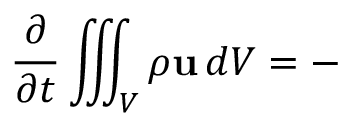
{ \frac { \partial } { \partial t } } \iiint _ { \scriptstyle V } \rho \mathbf { u } \, d V = - \, { }